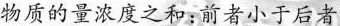
物质的量浓度之和：前者小于后者